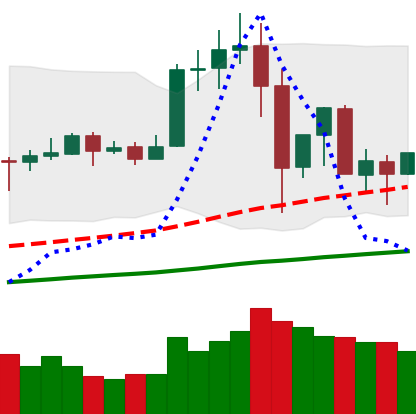
Ticker: TRX-USD
Chart end date: 2019-07-03
Forward return: 4.51%
Label: up_3_5